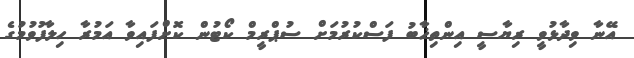
އޭނާ ވިދާޅުވީ ރިޔާސީ އިންތިޚާބު ފަސްކުރުމަށް ސުޕްރީމް ކޯޓުން ކޮށްފައިވާ އަމުރާ ހިލާފުވުމުގެ